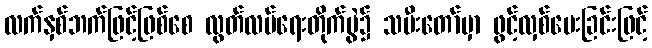
လက်နှစ်ဘက်ဖြင့်ဖြစ်စေ လွတ်လပ်ရေးတိုက်ပွဲ၌ သမီးတော်မှာ ဖွင့်လှစ်ပေးခြင်းဖြင့်